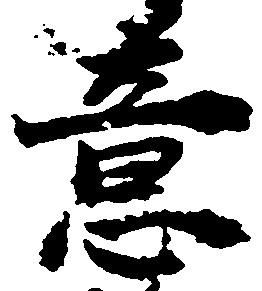
意